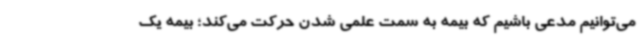
می‌توانیم مدعی باشیم که بیمه به سمت علمی شدن حرکت می‌کند؛ بیمه یک